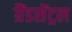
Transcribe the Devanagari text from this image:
ग्रैंडसेंट्रल